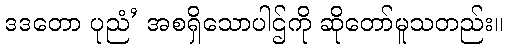
ဒဒတော ပုညံ’ အစရှိသောပါဌ်ကို ဆိုတော်မူသတည်း။